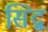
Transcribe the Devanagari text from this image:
सिद्ब